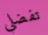
تفضلي